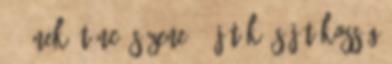
5. Ének, tánc és zene 7. Játék és játékosság